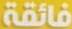
فائقة